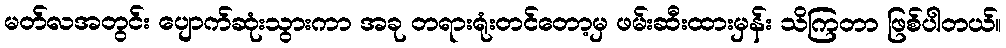
မတ်လအတွင်း ပျောက်ဆုံးသွားကာ အခု တရားရုံးတင်တော့မှ ဖမ်းဆီးထားမှန်း သိကြတာ ဖြစ်ပါတယ်။